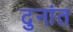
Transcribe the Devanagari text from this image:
दुनांत